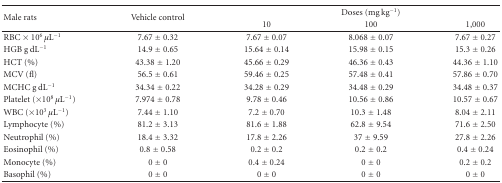
<table><thead><tr><td rowspan="2"><b>Male rats</b></td><td rowspan="2"><b>Vehicle control</b></td><td colspan="3"><b>Doses (mg kg<sup>−1</sup>)</b></td></tr><tr><td><b>10</b></td><td><b>100</b></td><td><b>1,000</b></td></tr></thead><tbody><tr><td>RBC × 10<sup>6</sup> <i>μ</i>L<sup>−1</sup></td><td>7.67 ± 0.32</td><td>7.67 ± 0.07</td><td>8.068 ± 0.07</td><td>7.67 ± 0.27</td></tr><tr><td>HGB g dL<sup>−1</sup></td><td>14.9 ± 0.65</td><td>15.64 ± 0.14</td><td>15.98 ± 0.15</td><td>15.3 ± 0.26</td></tr><tr><td>HCT (%)</td><td>43.38 ± 1.20</td><td>45.66 ± 0.29</td><td>46.36 ± 0.43</td><td>44.36 ± 1.10</td></tr><tr><td>MCV (fl)</td><td>56.5 ± 0.61</td><td>59.46 ± 0.25</td><td>57.48 ± 0.41</td><td>57.86 ± 0.70</td></tr><tr><td>MCHC g dL<sup>−1</sup></td><td>34.34 ± 0.22</td><td>34.28 ± 0.29</td><td>34.48 ± 0.29</td><td>34.48 ± 0.37</td></tr><tr><td>Platelet (×10<sup>8</sup> <i>μ</i>L<sup>−1</sup>)</td><td>7.974 ± 0.78</td><td>9.78 ± 0.46</td><td>10.56 ± 0.86</td><td>10.57 ± 0.67</td></tr><tr><td>WBC (×10<sup>3</sup> <i>μ</i>L<sup>−1</sup>)</td><td>7.44 ± 1.10</td><td>7.2 ± 0.70</td><td>10.3 ± 1.48</td><td>8.04 ± 2.11</td></tr><tr><td>Lymphocyte (%)</td><td>81.2 ± 3.13</td><td>81.6 ± 1.88</td><td>62.8 ± 9.54</td><td>71.6 ± 2.50</td></tr><tr><td>Neutrophil (%)</td><td>18.4 ± 3.32</td><td>17.8 ± 2.26</td><td>37 ± 9.59</td><td>27.8 ± 2.26</td></tr><tr><td>Eosinophil (%)</td><td>0.8 ± 0.58</td><td>0.2 ± 0.2</td><td>0.2 ± 0.2</td><td>0.4 ± 0.24</td></tr><tr><td>Monocyte (%)</td><td>0 ± 0</td><td>0.4 ± 0.24</td><td>0 ± 0</td><td>0.2 ± 0.2</td></tr><tr><td>Basophil (%)</td><td>0 ± 0</td><td>0 ± 0</td><td>0 ± 0</td><td>0 ± 0</td></tr></tbody></table>